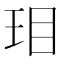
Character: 㺺